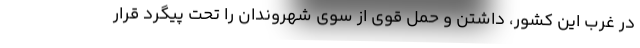
در غرب این کشور، داشتن و حمل قوی از سوی شهروندان را تحت پیگرد قرار